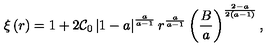
\xi \left( r \right) = 1 + 2 \mathcal { C } _ { 0 } \left| 1 - a \right| ^ { \frac { a } { a - 1 } } r ^ { \frac { a } { a - 1 } } \left( \frac { B } { a } \right) ^ { \frac { 2 - a } { 2 \left( a - 1 \right) } } ,